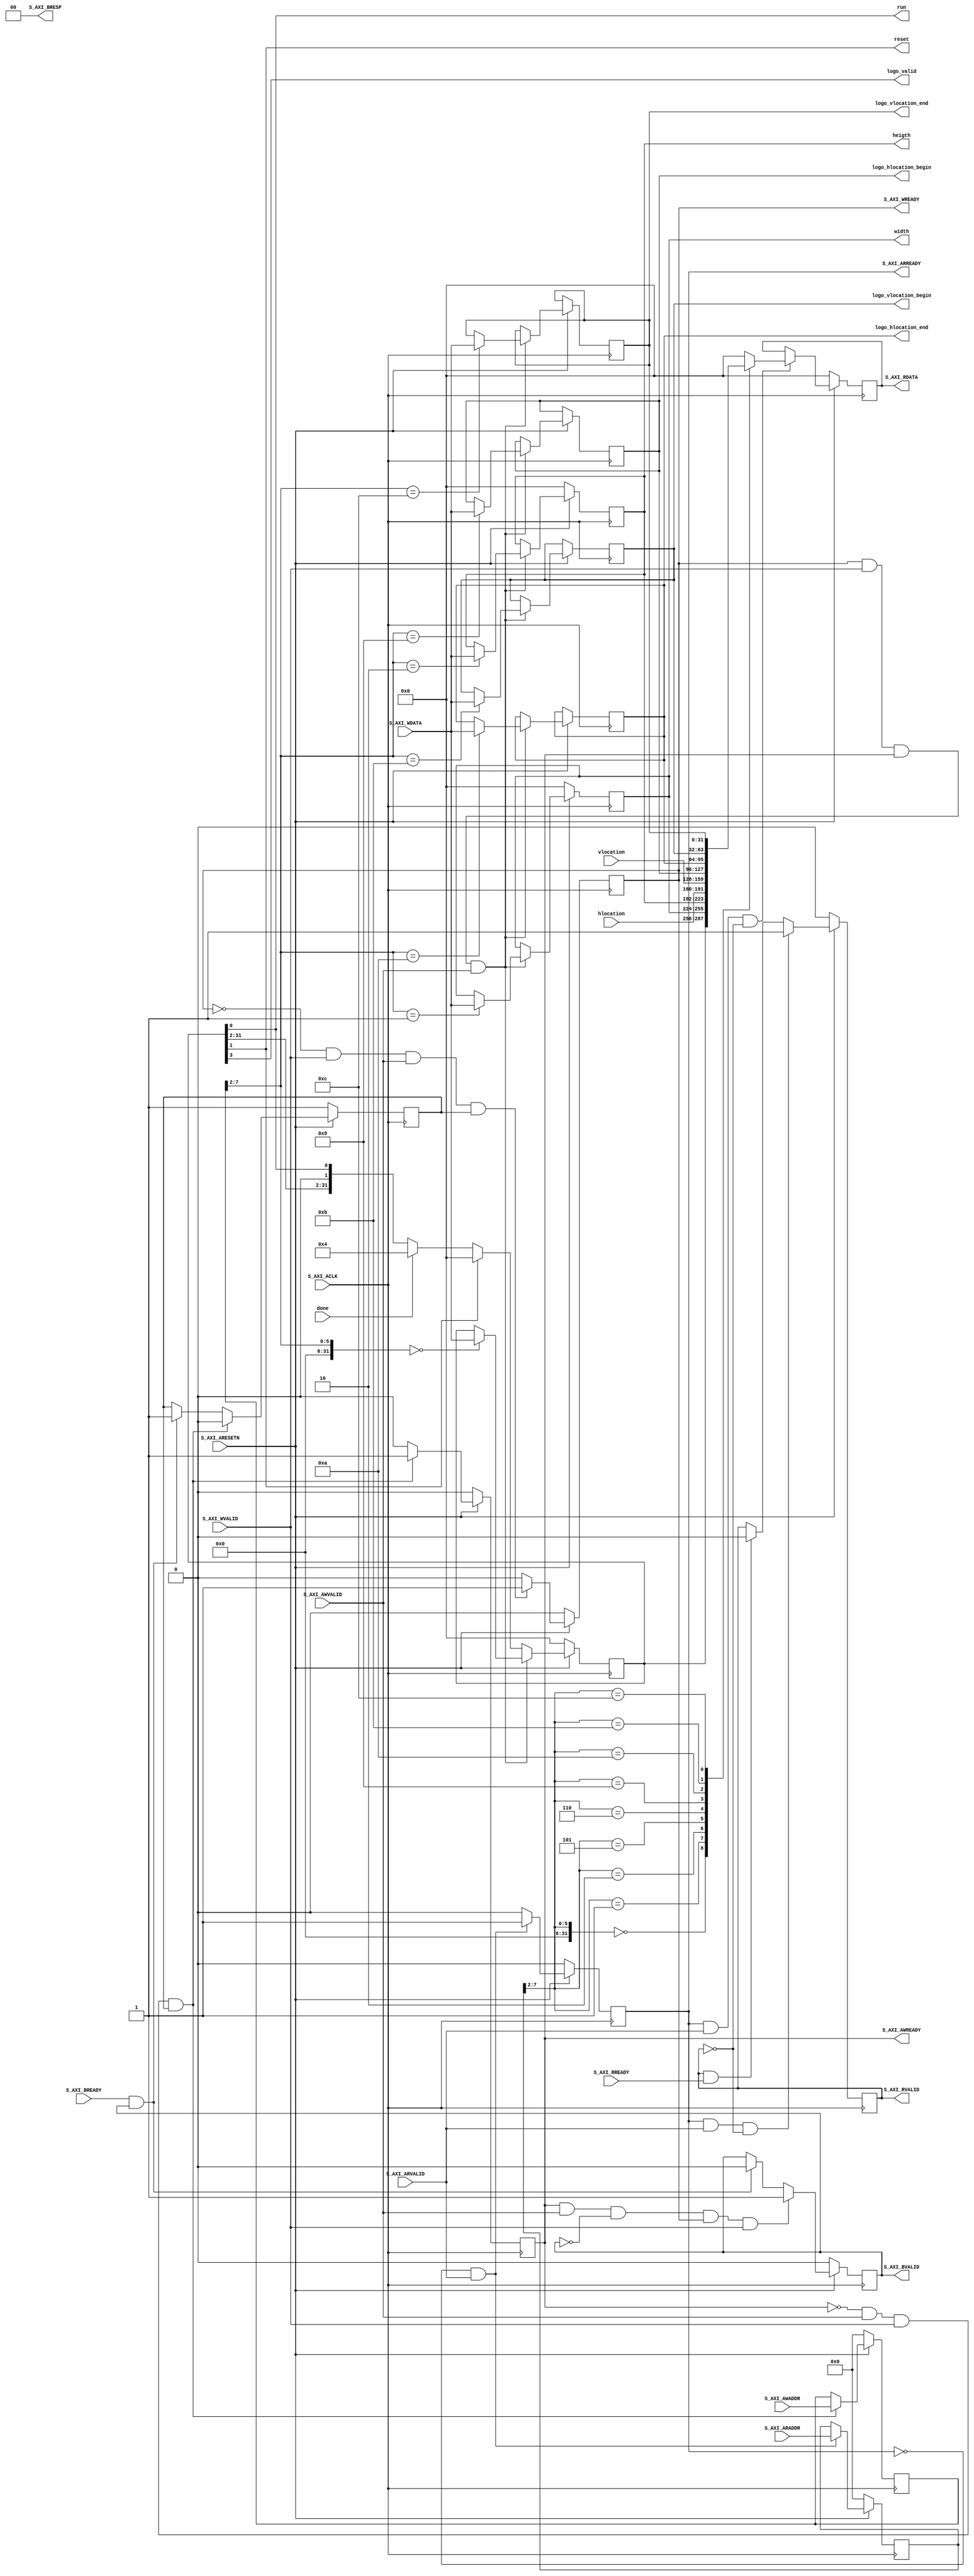

`timescale 1 ns / 1 ps

module overlay_v1_0_ctrl #
(
	parameter integer S_AXI_CTRL_DATA_WIDTH	= 32,
	parameter integer S_AXI_CTRL_ADDR_WIDTH	= 8
)
(
	/*****************************************************************************
	* internal signals
	*****************************************************************************/
	output wire run,
	output wire reset,
	input wire done,
	output wire logo_valid,
	output wire [S_AXI_CTRL_DATA_WIDTH-1:0] width,
	output wire [S_AXI_CTRL_DATA_WIDTH-1:0] heigth,
	input wire [S_AXI_CTRL_DATA_WIDTH-1:0] hlocation,
	input wire [S_AXI_CTRL_DATA_WIDTH-1:0] vlocation,
	output wire [S_AXI_CTRL_DATA_WIDTH-1:0] logo_hlocation_begin,
	output wire [S_AXI_CTRL_DATA_WIDTH-1:0] logo_hlocation_end,
	output wire [S_AXI_CTRL_DATA_WIDTH-1:0] logo_vlocation_begin,
	output wire [S_AXI_CTRL_DATA_WIDTH-1:0] logo_vlocation_end,

	/*****************************************************************************
	* signals of control port
	*****************************************************************************/
	input wire S_AXI_ACLK,
	input wire S_AXI_ARESETN,
	input wire [S_AXI_CTRL_ADDR_WIDTH-1 : 0] S_AXI_AWADDR,
	input wire S_AXI_AWVALID,
	output wire S_AXI_AWREADY,
	input wire [S_AXI_CTRL_DATA_WIDTH-1 : 0] S_AXI_WDATA,
	input wire S_AXI_WVALID,
	output wire S_AXI_WREADY,
	output wire [1 : 0] S_AXI_BRESP,
	output wire S_AXI_BVALID,
	input wire S_AXI_BREADY,
	input wire [S_AXI_CTRL_ADDR_WIDTH-1 : 0] S_AXI_ARADDR,
	input wire S_AXI_ARVALID,
	output wire S_AXI_ARREADY,
	output wire [S_AXI_CTRL_DATA_WIDTH-1 : 0] S_AXI_RDATA,
	output wire S_AXI_RVALID,
	input wire S_AXI_RREADY
);

	/*****************************************************************************
	* control port I/O signals
	*****************************************************************************/
	reg [S_AXI_CTRL_ADDR_WIDTH-1 : 0] axi_awaddr;
	reg axi_awready;
	reg axi_wready;
	reg axi_bvalid;
	reg [S_AXI_CTRL_ADDR_WIDTH-1 : 0] axi_araddr;
	reg axi_arready;
	reg [S_AXI_CTRL_DATA_WIDTH-1 : 0] axi_rdata;
	reg [1 : 0] axi_rresp;
	reg axi_rvalid;

	/*****************************************************************************
	* control registers
	*****************************************************************************/
	reg [S_AXI_CTRL_DATA_WIDTH-1:0] control_reg;
	reg [S_AXI_CTRL_DATA_WIDTH-1:0] width_reg;
	reg [S_AXI_CTRL_DATA_WIDTH-1:0] heigth_reg;
	reg [S_AXI_CTRL_DATA_WIDTH-1:0] logo_hlocation_begin_reg;
	reg [S_AXI_CTRL_DATA_WIDTH-1:0] logo_hlocation_end_reg;
	reg [S_AXI_CTRL_DATA_WIDTH-1:0] logo_vlocation_begin_reg;
	reg [S_AXI_CTRL_DATA_WIDTH-1:0] logo_vlocation_end_reg;

	/*****************************************************************************
	* control register wires and registers
	*****************************************************************************/
	wire slv_reg_rden;
	wire slv_reg_wren;
	reg [S_AXI_CTRL_DATA_WIDTH-1:0] reg_data_out;
	reg	aw_en;

	/*****************************************************************************
	* I/O connections assignments
	*****************************************************************************/
	assign run = control_reg[0];
	assign reset = control_reg[1];
	assign logo_valid = control_reg[3];
	assign width = width_reg;
	assign heigth = heigth_reg;
	assign logo_hlocation_begin = logo_hlocation_begin_reg;
	assign logo_hlocation_end = logo_hlocation_end_reg;
	assign logo_vlocation_begin = logo_vlocation_begin_reg;
	assign logo_vlocation_end = logo_vlocation_end_reg;
	assign S_AXI_AWREADY = axi_awready;
	assign S_AXI_WREADY	= axi_wready;
	assign S_AXI_BRESP = 0;
	assign S_AXI_BVALID	= axi_bvalid;
	assign S_AXI_ARREADY = axi_arready;
	assign S_AXI_RDATA = axi_rdata;
	assign S_AXI_RVALID	= axi_rvalid;

	/*****************************************************************************
	* write address ready
	*****************************************************************************/
	always @(posedge S_AXI_ACLK)
	begin
	  if (S_AXI_ARESETN == 1'b0)
    begin
      axi_awready <= 1'b0;
      aw_en <= 1'b1;
    end
	  else if (~axi_awready && S_AXI_AWVALID && S_AXI_WVALID && aw_en)
    begin
      axi_awready <= 1'b1;
      aw_en <= 1'b0;
    end
    else if (S_AXI_BREADY && axi_bvalid)
    begin
      aw_en <= 1'b1;
      axi_awready <= 1'b0;
    end
    else
    begin
      axi_awready <= 1'b0;
    end
  end

	/*****************************************************************************
	* write address
	*****************************************************************************/
	always @(posedge S_AXI_ACLK)
	begin
	  if (S_AXI_ARESETN == 1'b0)
    begin
      axi_awaddr <= 0;
    end
	  else if (~axi_awready && S_AXI_AWVALID && S_AXI_WVALID && aw_en)
    begin
      axi_awaddr <= S_AXI_AWADDR;
    end
	end

	/*****************************************************************************
	* write data ready
	*****************************************************************************/
	always @(posedge S_AXI_ACLK)
	begin
	  if (S_AXI_ARESETN == 1'b0)
    begin
      axi_wready <= 1'b0;
    end
	  else if (~axi_wready && S_AXI_WVALID && S_AXI_AWVALID && aw_en)
    begin
      axi_wready <= 1'b1;
    end
    else
    begin
      axi_wready <= 1'b0;
    end
	end

	/*****************************************************************************
	* write enable
	*****************************************************************************/
	assign slv_reg_wren = axi_wready && S_AXI_WVALID && axi_awready && S_AXI_AWVALID;

	/*****************************************************************************
	* write data
	*****************************************************************************/
	always @(posedge S_AXI_ACLK)
	begin
	  if (S_AXI_ARESETN == 1'b0)
    begin
			control_reg <= 0;
			width_reg <= 0;
			heigth_reg <= 0;
    end
	  else if (slv_reg_wren)
    begin
			case(axi_awaddr >> 2)
			0: control_reg <= S_AXI_WDATA;
			1: width_reg <= S_AXI_WDATA;
			2: heigth_reg <= S_AXI_WDATA;
			9: logo_hlocation_begin_reg <= S_AXI_WDATA;
			10: logo_hlocation_end_reg <= S_AXI_WDATA;
			11: logo_vlocation_begin_reg <= S_AXI_WDATA;
			12: logo_vlocation_end_reg <= S_AXI_WDATA;
			endcase
    end
		else if(reset)
		begin
			control_reg <= 0;
		end
		else if(done == 1)
		begin
			control_reg <= 4'h4;
		end
  end

	/*****************************************************************************
	* response
	*****************************************************************************/
	always @(posedge S_AXI_ACLK)
	begin
	  if (S_AXI_ARESETN == 1'b0)
    begin
      axi_bvalid  <= 0;
    end
	  else if (axi_awready && S_AXI_AWVALID && ~axi_bvalid && axi_wready && S_AXI_WVALID)
    begin
      axi_bvalid <= 1'b1;
    end
    else if (S_AXI_BREADY && axi_bvalid)
    begin
      axi_bvalid <= 1'b0;
    end
	end

	/*****************************************************************************
	* read address and read address ready
	*****************************************************************************/
	always @(posedge S_AXI_ACLK)
	begin
	  if (S_AXI_ARESETN == 1'b0)
    begin
      axi_arready <= 1'b0;
      axi_araddr  <= 32'b0;
    end
	  else if (~axi_arready && S_AXI_ARVALID)
    begin
      axi_arready <= 1'b1;
      axi_araddr  <= S_AXI_ARADDR;
    end
    else
    begin
      axi_arready <= 1'b0;
    end
	end

	/*****************************************************************************
	* read data valid
	*****************************************************************************/
	always @(posedge S_AXI_ACLK)
	begin
	  if (S_AXI_ARESETN == 1'b0)
    begin
      axi_rvalid <= 0;
    end
	  else if (axi_arready && S_AXI_ARVALID && ~axi_rvalid)
    begin
      axi_rvalid <= 1'b1;
    end
    else if (axi_rvalid && S_AXI_RREADY)
    begin
      axi_rvalid <= 1'b0;
    end
	end

	/*****************************************************************************
	* read enable
	*****************************************************************************/
	assign slv_reg_rden = axi_arready & S_AXI_ARVALID & ~axi_rvalid;

	/*****************************************************************************
	* read data value
	*****************************************************************************/
	always @(*)
	begin
	  case (axi_araddr >> 2)
    0: reg_data_out = control_reg;
    1: reg_data_out = width_reg;
    2: reg_data_out = heigth_reg;
    5: reg_data_out = hlocation;
    6: reg_data_out = vlocation;
		9: reg_data_out = logo_hlocation_begin_reg;
		10: reg_data_out = logo_hlocation_end_reg;
		11: reg_data_out = logo_vlocation_begin_reg;
		12: reg_data_out = logo_vlocation_end_reg;
    default: reg_data_out = 0;
	  endcase
	end

	/*****************************************************************************
	* read data
	*****************************************************************************/
	always @(posedge S_AXI_ACLK)
	begin
	  if (S_AXI_ARESETN == 1'b0)
    begin
      axi_rdata  <= 0;
    end
	  else if (slv_reg_rden)
    begin
      axi_rdata <= reg_data_out;
    end
  end

endmodule